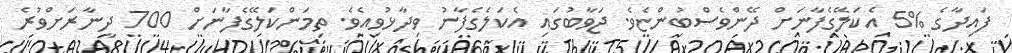
ފައިދާގެ %5 އެކަލޭގެފާނަށް ދޭންވެސްބުންޏެވެ. ޖަވާބުގައި އެކަލެގެފާނު ވިދާޅުވިއެވެ. ތިމަންކަލޭގެފާނަށް 700 ދީނާރަށްވުރެ